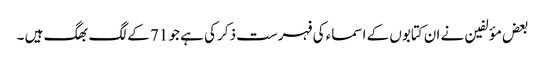
بعض مؤلفین نے ان کتابوں کے اسماء کی فہرست ذکر کی ہے جو 71 کے لگ بھگ ہیں ۔